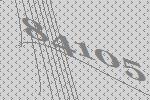
84105